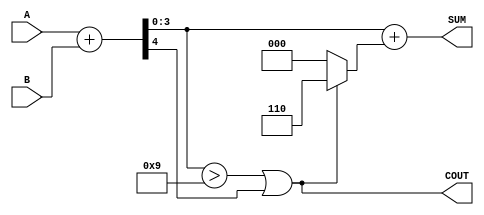
module BCD_Ripple_Carry_Adder (
    input [3:0] A,        // Input BCD digit A
    input [3:0] B,        // Input BCD digit B
    output reg [3:0] SUM, // Output BCD sum
    output reg COUT       // Carry out signal
);

    wire [3:0] S;           // Sum of A and B without correction
    wire [4:0] S_full;      // Full sum (including carry-out)
    wire [3:0] correction;   // Correction value (always 6)
    
    // Full Adder Logic
    wire [3:0] carry;        // Intermediate carry signals from full adders
    
    assign S_full = {1'b0, A} + {1'b0, B}; // Add A and B (5 bits to capture carry)
    
    // Determine if correction is needed
    assign correction = (S_full[3:0] > 4'd9 || S_full[4] ) ? 4'b0110 : 4'b0000;

    // Final BCD sum with correction
    always @ (*) begin
        SUM = S_full[3:0] + correction; // Apply correction if needed
        COUT = (S_full[3:0] > 4'd9 || S_full[4]); // Set carry-out if necessary
    end
    
endmodule